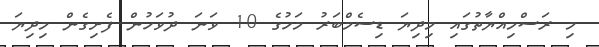
މި ރަސްމިއްޔާތުގައި މިދިޔަ ޑިސެމްބަރު މަހުގެ 10 ވަނަ ދުވަހުން ފެށިގެން މިދިޔަ